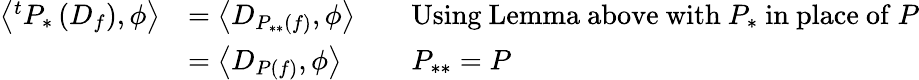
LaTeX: {\begin{array}{rlrl}{\left\langle^{t}P_{*}\left(D_{f}\right),\phi\right\rangle}&{=\left\langle D_{P_{**}(f)},\phi\right\rangle}&&{{\mathrm{Using~Lemma~above~with~}}P_{*}{\mathrm{~in~place~of~}}P}\\ &{=\left\langle D_{P(f)},\phi\right\rangle}&&{P_{**}=P}\end{array}}